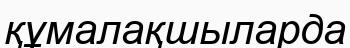
құмалақшыларда